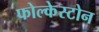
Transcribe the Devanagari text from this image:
फोल्केस्टोन